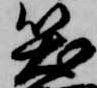
笑